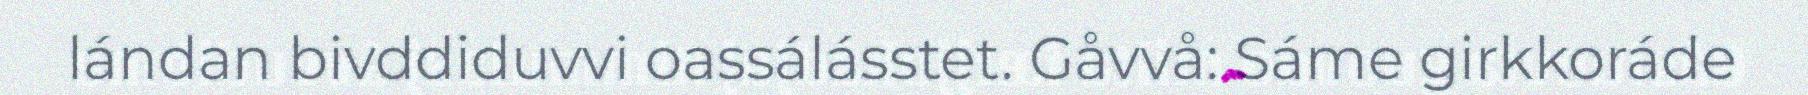
lándan bivddiduvvi oassálásstet. Gåvvå: Sáme girkkoráde